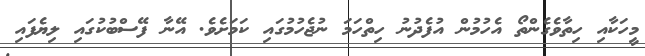
މީހަކާއި ހިތާވެގެންތޯ އެހުމުން އުފެދުނު ހިތްހަމަ ނުޖެހުމުގައި ކަމަށެވެ. އޭނާ ފޭސްބުކުގައި ލިޔެފައި